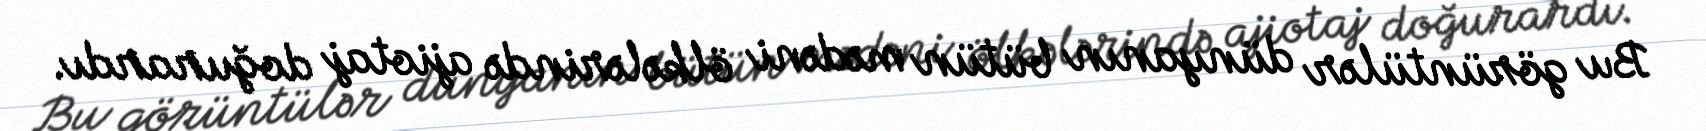
Bu görüntülər dünyanın bütün mədəni ölkələrində ajiotaj doğurardı.